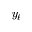
y _ { \ell }